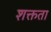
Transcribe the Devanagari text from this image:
शक्तता